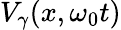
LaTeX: V_{\gamma}(x,\omega_{0}t)